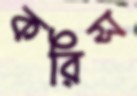
করিস